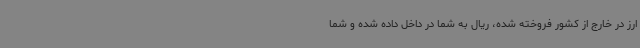
ارز در خارج از کشور فروخته شده، ریال به شما در داخل داده شده و شما